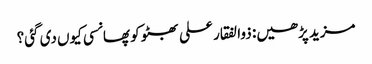
مزید پڑھیں: ذوالفقار علی بھٹو کو پھانسی کیوں‌ دی گئی؟